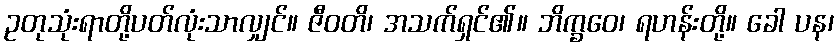
ဥတုသုံးရာတို့ပတ်လုံးသာလျှင်။ ဇီဝတိ၊ အသက်ရှင်၏။ ဘိက္ခဝေ၊ ရဟန်းတို့။ ခေါ ပန၊